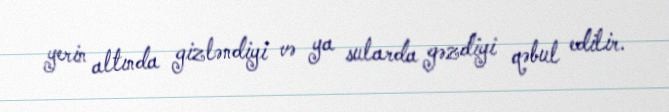
yerin altında gizləndiyi və ya sularda gəzdiyi qəbul edilir.